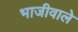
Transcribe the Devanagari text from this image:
भाजीवाले